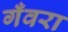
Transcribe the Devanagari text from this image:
गँवरा